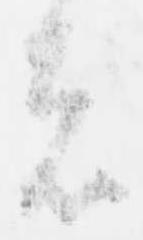
者